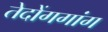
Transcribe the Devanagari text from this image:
तेदोंगगांग